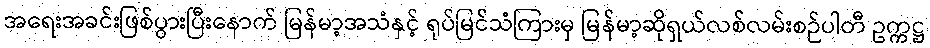
အရေးအခင်းဖြစ်ပွားပြီးနောက် မြန်မာ့အသံနှင့် ရုပ်မြင်သံကြားမှ မြန်မာ့ဆိုရှယ်လစ်လမ်းစဉ်ပါတီ ဥက္ကဋ္ဌ